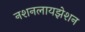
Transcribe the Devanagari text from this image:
नशनलायझेशन